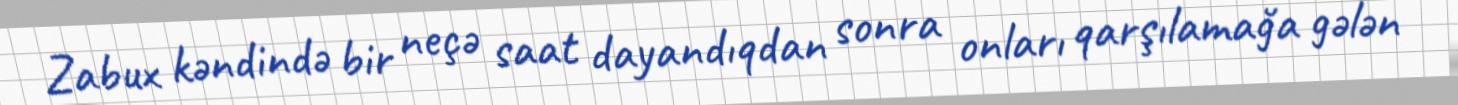
Zabux kəndində bir neçə saat dayandıqdan sonra onları qarşılamağa gələn